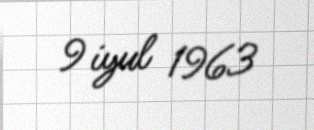
9 iyul 1963